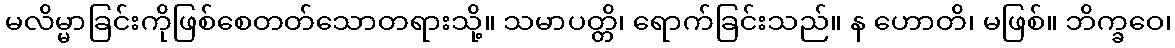
မလိမ္မာခြင်းကိုဖြစ်စေတတ်သောတရားသို့။ သမာပတ္တိ၊ ရောက်ခြင်းသည်။ န ဟောတိ၊ မဖြစ်။ ဘိက္ခဝေ၊